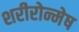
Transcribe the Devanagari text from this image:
शरीरोन्मेष